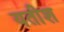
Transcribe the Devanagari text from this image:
यतीश